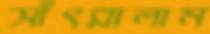
সাঁৎরালাম